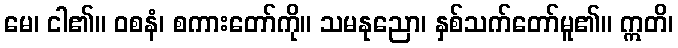
မေ၊ ငါ၏။ ဝစနံ၊ စကားတော်ကို။ သမနုညော၊ နှစ်သက်တော်မူ၏။ ဣတိ၊